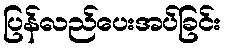
ပြန်လည်ပေးအပ်ခြင်း